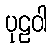
ပုဠဝါ